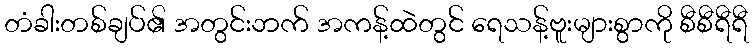
တံခါးတစ်ချပ်၏ အတွင်းဘက် အကန့်ထဲတွင် ရေသန့်ဗူးများစွာကို စီစီရီရီ